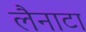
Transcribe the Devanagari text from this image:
लैनाटा